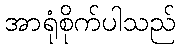
အာရုံစိုက်ပါသည်